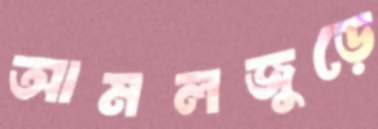
আমলজুড়ে